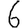
Digit: 6